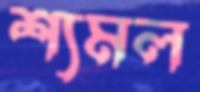
শ্যমল